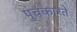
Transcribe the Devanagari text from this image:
पुचकारते